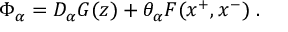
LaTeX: \Phi _ { \alpha } = D _ { \alpha } G ( z ) + \theta _ { \alpha } F ( x ^ { + } , x ^ { - } ) \; .